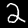
Digit: 2